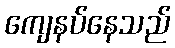
ကျေနပ်နေသည်